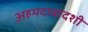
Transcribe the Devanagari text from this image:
अहमदाबादशी